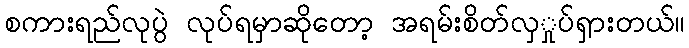
စကားရည်လုပွဲ လုပ်ရမှာဆိုတော့ အရမ်းစိတ်လှှုပ်ရှားတယ်။